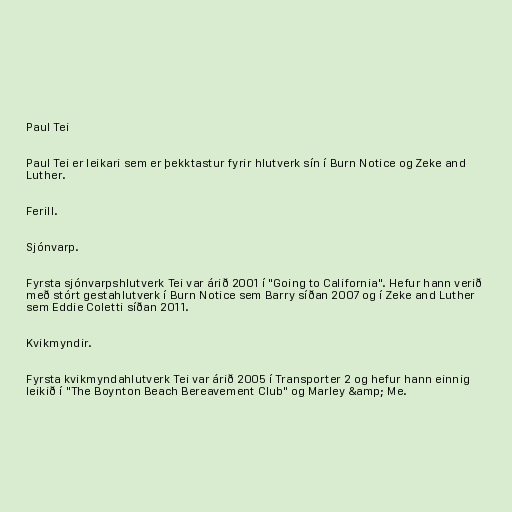
Paul Tei

Paul Tei er leikari sem er þekktastur fyrir hlutverk sín í Burn Notice og Zeke and
Luther.

Ferill.

Sjónvarp.

Fyrsta sjónvarpshlutverk Tei var árið 2001 í "Going to California". Hefur hann verið
með stórt gestahlutverk í Burn Notice sem Barry síðan 2007 og í Zeke and Luther
sem Eddie Coletti síðan 2011.

Kvikmyndir.

Fyrsta kvikmyndahlutverk Tei var árið 2005 í Transporter 2 og hefur hann einnig
leikið í "The Boynton Beach Bereavement Club" og Marley &amp; Me.